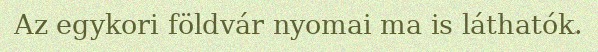
Az egykori földvár nyomai ma is láthatók.